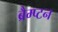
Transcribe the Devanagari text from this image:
ब्रैम्प्टन